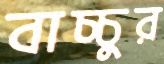
বাচ্চুর